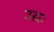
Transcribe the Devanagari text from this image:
उग्रः